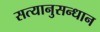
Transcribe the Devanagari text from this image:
सत्यानुसन्धान